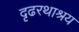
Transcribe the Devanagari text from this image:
दृढरथाश्रय